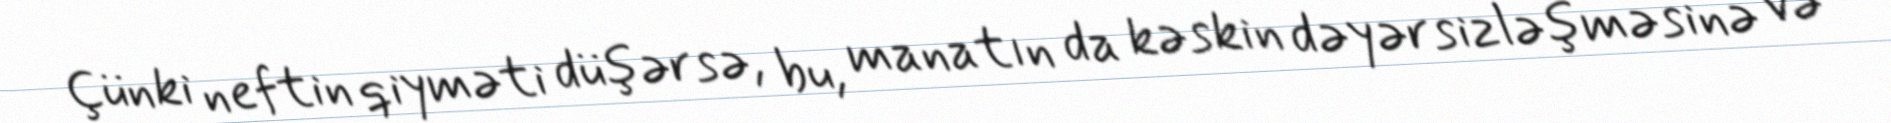
Çünki neftin qiyməti düşərsə, bu, manatın da kəskin dəyərsizləşməsinə və